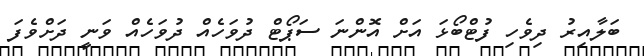
ބަލާއިރު ދިވެހި ފުޓްބޯޅަ އަށް އޮންނަ ސަޕޯޓް ދުވަހެއް ދުވަހެއް ވަނީ ދަށްވެފަ